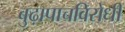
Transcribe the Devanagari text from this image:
बुढ़ापाचविरोधी